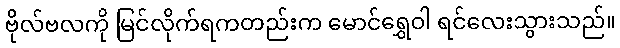
ဗိုလ်ဗလကို မြင်လိုက်ရကတည်းက မောင်ရွှေဝါ ရင်လေးသွားသည်။